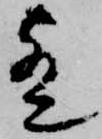
歟